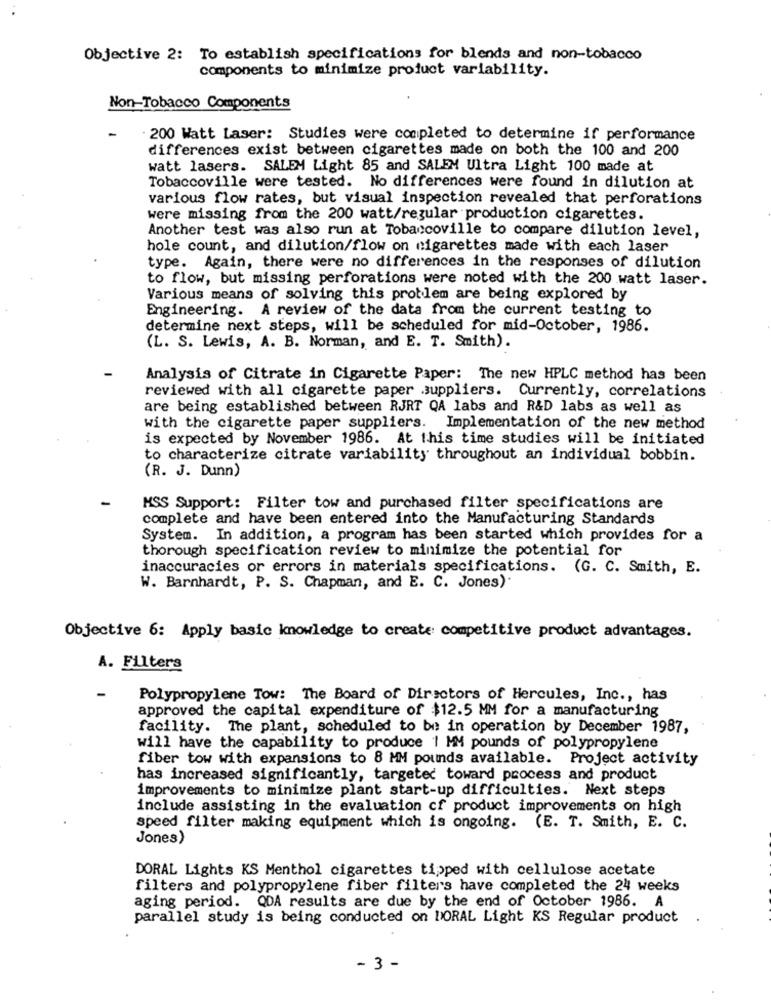
Objective 2: To establish specifications for blends and non-tobacco
components to minimize product variability.
Non-Tobacco Components
-
· 200 Watt Laser: Studies were completed to determine if performance
differences exist between cigarettes made on both the 100 and 200
watt lasers. SALEM Light 85 and SALEM Ultra Light 100 made at
Tobaccoville were tested. No differences were found in dilution at
various flow rates, but visual inspection revealed that perforations
were missing from the 200 watt/regular production cigarettes.
Another test was also run at Tobaccoville to compare dilution level,
hole count, and dilution/flow on cigarettes made with each laser
type. Again, there were no differences in the responses of dilution
to flow, but missing perforations were noted with the 200 watt laser.
Various means of solving this problem are being explored by
Engineering. A review of the data from the current testing to
determine next steps, will be scheduled for mid-October, 1986.
(L. S. Lewis, A. B. Norman, and E. T. Smith).
Analysis of Citrate in Cigarette Paper: The new HPLC method has been
reviewed with all cigarette paper suppliers. Currently, correlations
are being established between RJRT QA labs and R&D labs as well as
with the cigarette paper suppliers. Implementation of the new method
is expected by November 1986. At this time studies will be initiated
to characterize citrate variability throughout an individual bobbin.
(R. J. Dunn)
HSS Support: Filter tow and purchased filter specifications are
complete and have been entered into the Manufacturing Standards
System. In addition, a program has been started which provides for a
thorough specification review to minimize the potential for
inaccuracies or errors in materials specifications. (G. C. Smith, E.
W. Barnhardt, P. S. Chapman, and E. C. Jones).
Objective 6: Apply basic knowledge to create competitive product advantages.
A. Filters
-
Polypropylene Tow: The Board of Directors of Hercules, Inc ., has
approved the capital expenditure of $12.5 MM for a manufacturing
facility. The plant, scheduled to be in operation by December 1987,
will have the capability to produce 1 MM pounds of polypropylene
fiber tow with expansions to 8 MM pounds available. Project activity
has increased significantly, targeted toward process and product
improvements to minimize plant start-up difficulties. Next steps
include assisting in the evaluation of product improvements on high
speed filter making equipment which is ongoing. (E. T. Smith, E. C.
Jones)
DORAL Lights KS Menthol cigarettes tipped with cellulose acetate
filters and polypropylene fiber filters have completed the 24 weeks
aging period. QDA results are due by the end of October 1986. A
parallel study is being conducted on DORAL Light KS Regular product
- 3 -